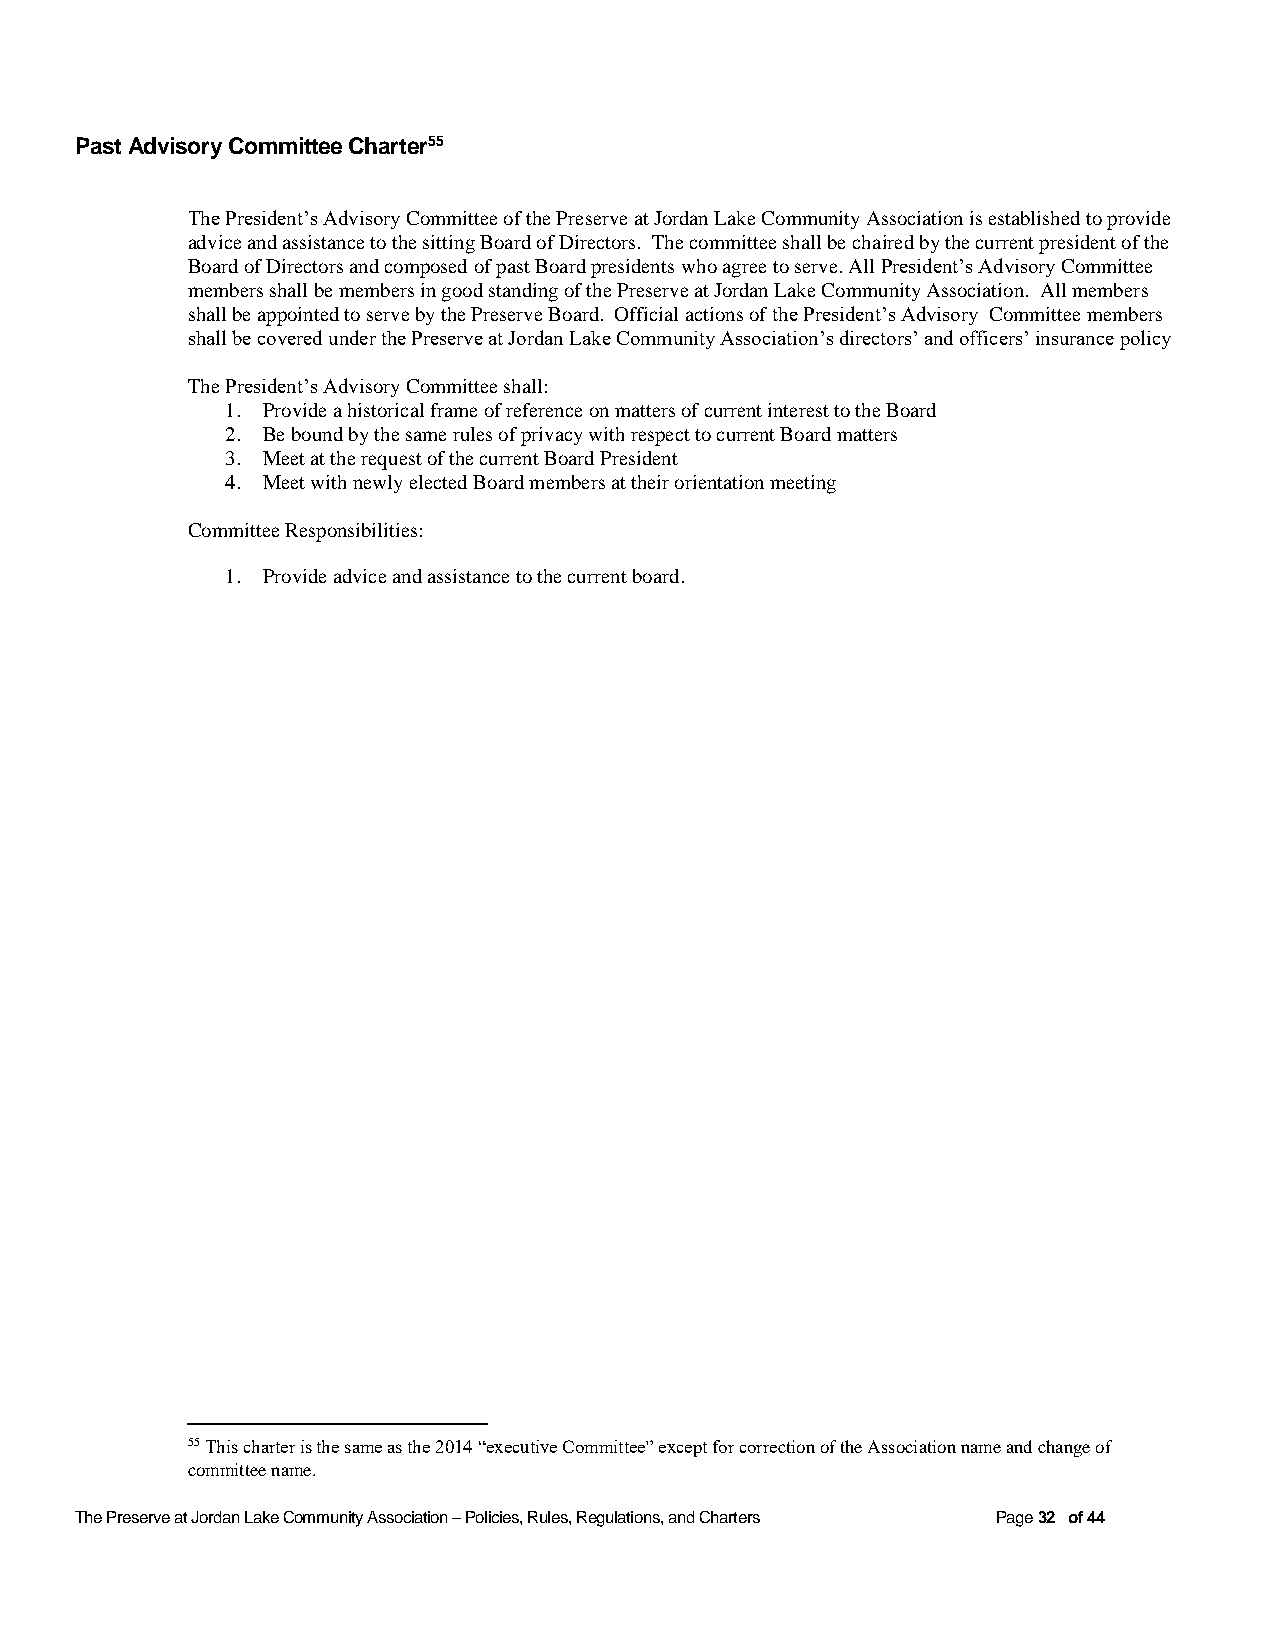
Past Advisory Committee Charter55
 The President’s Advisory Committee of the Preserve at Jordan Lake Community Association is established to provide
 advice and assistance to the sitting Board of Directors. The committee shall be chaired by the current president of the
 Board of Directors and composed of past Board presidents who agree to serve. All President’s Advisory Committee
 members shall be members in good standing of the Preserve at Jordan Lake Community Association. All members
 shall be appointed to serve by the Preserve Board. Official actions of the President’s Advisory Committee members
 shall be covered under the Preserve at Jordan Lake Community Association’s directors’ and officers’ insurance policy
 The President’s Advisory Committee shall:
 1. Provide a historical frame of reference on matters of current interest to the Board
 2. Be bound by the same rules of privacy with respect to current Board matters
 3. Meet at the request of the current Board President
 4. Meet with newly elected Board members at their orientation meeting
 Committee Responsibilities:
 1. Provide advice and assistance to the current board.
 55 This charter is the same as the 2014 “executive Committee” except for correction of the Association name and change of
 committee name.
 The Preserve at Jordan Lake Community Association – Policies, Rules, Regulations, and Charters Page 32 of 44